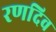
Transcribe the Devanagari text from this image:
रणदिव